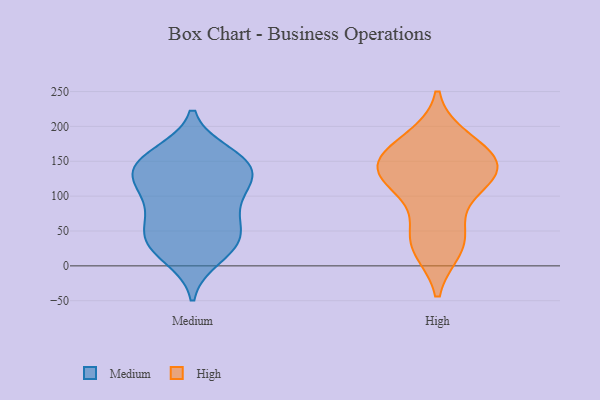
{"axis": {"x": "Customer Acquisition Cost (USD)", "y": "Value"}, "legend": ["High", "Medium"], "data": [{"x": "", "y": 92, "type": "Medium"}, {"x": "", "y": 136, "type": "Medium"}, {"x": "", "y": 158, "type": "Medium"}, {"x": "", "y": 35, "type": "Medium"}, {"x": "", "y": 53, "type": "Medium"}, {"x": "", "y": 12, "type": "Medium"}, {"x": "", "y": 161, "type": "Medium"}, {"x": "", "y": 22, "type": "Medium"}, {"x": "", "y": 140, "type": "Medium"}, {"x": "", "y": 123, "type": "Medium"}, {"x": "", "y": 115, "type": "Medium"}, {"x": "", "y": 150, "type": "Medium"}, {"x": "", "y": 36, "type": "Medium"}, {"x": "", "y": 138, "type": "Medium"}, {"x": "", "y": 48, "type": "Medium"}, {"x": "", "y": 100, "type": "Medium"}, {"x": "", "y": 71, "type": "Medium"}, {"x": "", "y": 115, "type": "High"}, {"x": "", "y": 46, "type": "High"}, {"x": "", "y": 121, "type": "High"}, {"x": "", "y": 179, "type": "High"}, {"x": "", "y": 141, "type": "High"}, {"x": "", "y": 156, "type": "High"}, {"x": "", "y": 166, "type": "High"}, {"x": "", "y": 140, "type": "High"}, {"x": "", "y": 33, "type": "High"}, {"x": "", "y": 133, "type": "High"}, {"x": "", "y": 27, "type": "High"}]}